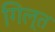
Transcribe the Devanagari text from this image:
गिल्त